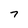
Character: 7